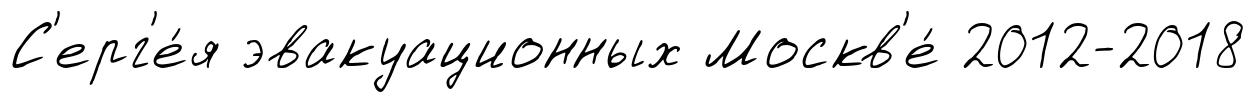
С'ерг'е́я эвакуационных Москв'е́ 2012-2018